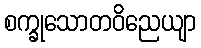
စက္ခုသောတဝိညေယျာ